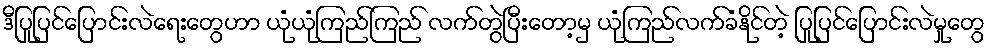
ဒီပြုပြင်ပြောင်းလဲရေးတွေဟာ ယုံယုံကြည်ကြည် လက်တွဲပြီးတော့မှ ယုံကြည်လက်ခံနိုင်တဲ့ ပြုပြင်ပြောင်းလဲမှုတွေ